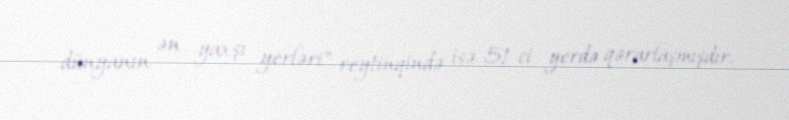
dünyanın ən yaxşı yerləri" reytinqində isə 51-ci yerdə qərarlaşmışdır.